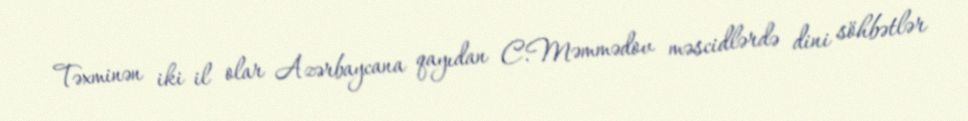
Təxminən iki il olar Azərbaycana qayıdan C.Məmmədov məscidlərdə dini söhbətlər